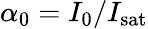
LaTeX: \alpha_{0}=I_{0}/I_{\mathrm{sat}}